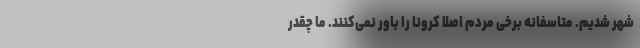
شهر شدیم. متاسفانه برخی مردم اصلا کرونا را باور نمی‌کنند. ما چقدر